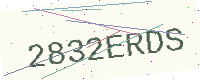
Text: 2832ERDS